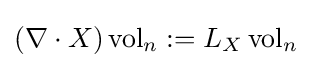
(\nabla \cdot X)\operatorname {vol} _{n}:=L_{X}\operatorname {vol} _{n}